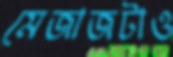
মেজাজটাও